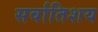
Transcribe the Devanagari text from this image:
सर्वातिशय